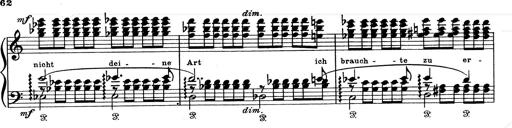
Title: Aus Lohengrin
Composer: Franz Liszt